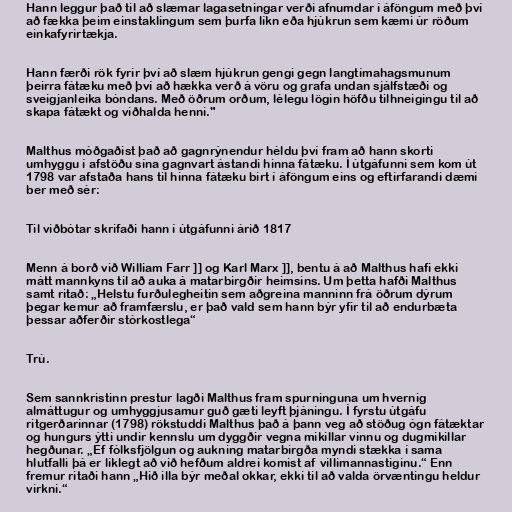
Hann leggur það til að slæmar lagasetningar verði afnumdar í áföngum með því
að fækka þeim einstaklingum sem þurfa líkn eða hjúkrun sem kæmi úr röðum
einkafyrirtækja.

Hann færði rök fyrir því að slæm hjúkrun gengi gegn langtímahagsmunum
þeirra fátæku með því að hækka verð á vöru og grafa undan sjálfstæði og
sveigjanleika bóndans. Með öðrum orðum, lélegu lögin höfðu tilhneigingu til að
skapa fátækt og viðhalda henni."

Malthus móðgaðist það að gagnrýnendur héldu því fram að hann skorti
umhyggu í afstöðu sína gagnvart ástandi hinna fátæku. Í útgáfunni sem kom út
1798 var afstaða hans til hinna fátæku birt í áföngum eins og eftirfarandi dæmi
ber með sér:

Til viðbótar skrifaði hann í útgáfunni árið 1817

Menn á borð við William Farr ]] og Karl Marx ]], bentu á að Malthus hafi ekki
mátt mannkyns til að auka á matarbirgðir heimsins. Um þetta hafði Malthus
samt ritað: „Helstu furðulegheitin sem aðgreina manninn frá öðrum dýrum
þegar kemur að framfærslu, er það vald sem hann býr yfir til að endurbæta
þessar aðferðir stórkostlega“

Trú.

Sem sannkristinn prestur lagði Malthus fram spurninguna um hvernig
almáttugur og umhyggjusamur guð gæti leyft þjáningu. Í fyrstu útgáfu
ritgerðarinnar (1798) rökstuddi Malthus það á þann veg að stöðug ógn fátæktar
og hungurs ýtti undir kennslu um dyggðir vegna mikillar vinnu og dugmikillar
hegðunar. „Ef fólksfjölgun og aukning matarbirgða myndi stækka í sama
hlutfalli þá er líklegt að við hefðum aldrei komist af villimannastiginu.“ Enn
fremur ritaði hann „Hið illa býr meðal okkar, ekki til að valda örvæntingu heldur
virkni.“